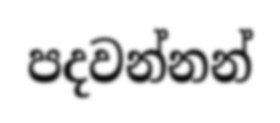
පදවන්නන්